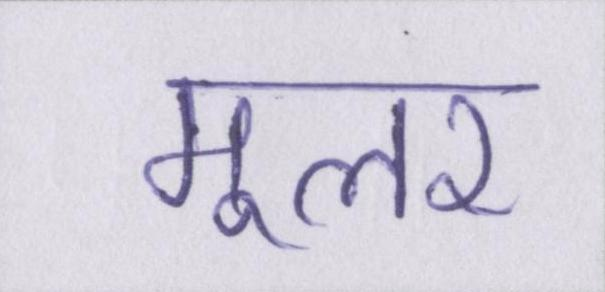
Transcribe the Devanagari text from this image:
मूलर